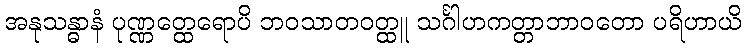
အနုသန္ဓာနံ ပုဏ္ဏတ္ထေရောပိ ဘဝသာတဝတ္ထူ သင်္ဂါဟကတ္တာဘာဝတော ပရိဟာယိ